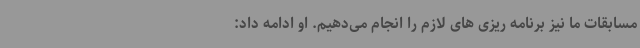
مسابقات ما نیز برنامه ریزی های لازم را انجام می‌دهیم. او ادامه داد: